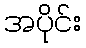
အပိုင်း